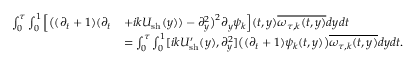
\begin{array} { r l } { \int _ { 0 } ^ { \tau } \int _ { 0 } ^ { 1 } \Big [ \big ( ( \partial _ { t } + 1 ) ( \partial _ { t } } & { + i k U _ { \mathrm { s h } } ( y ) ) - \partial _ { y } ^ { 2 } \big ) ^ { 2 } \partial _ { y } \psi _ { k } \Big ] ( t , y ) \overline { { \omega _ { \tau , k } ( t , y ) } } d y d t } \\ & { = \int _ { 0 } ^ { \tau } \int _ { 0 } ^ { 1 } [ i k U _ { \mathrm { s h } } ^ { \prime } ( y ) , \partial _ { y } ^ { 2 } ] \big ( ( \partial _ { t } + 1 ) \psi _ { k } ( t , y ) \big ) \overline { { \omega _ { \tau , k } ( t , y ) } } d y d t . } \end{array}